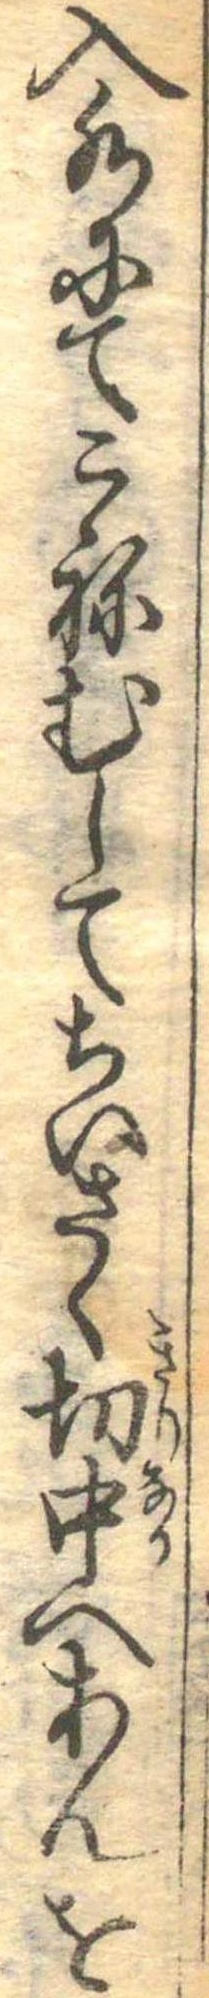
入水にてこねむしてちいさく切中へあんを